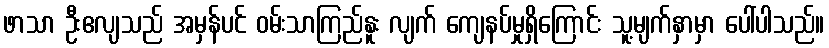
ဖာသာ ဦးဧလျသည် အမှန်ပင် ဝမ်းသာကြည်နူး လျက် ကျေနပ်မှုရှိကြောင်း သူ့မျက်နှာမှာ ပေါ်ပါသည်။